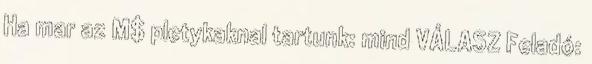
Ha mar az M$ pletykaknal tartunk: mind VÁLASZ Feladó: